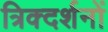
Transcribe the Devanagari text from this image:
त्रिक्दर्शनों